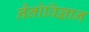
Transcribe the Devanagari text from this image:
नैनोविज्ञान